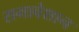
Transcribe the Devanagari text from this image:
समावेशान